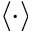
\langle \cdot \rangle